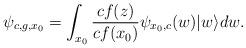
LaTeX: \begin{align*}\psi_{c,g,x_{0}}=\int_{x_{0}} \frac{cf(z)}{cf(x_{0})} \psi_{x_{0},c}(w) |w\rangle dw.\end{align*}